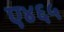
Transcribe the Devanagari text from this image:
ए४६५